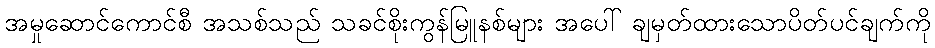
အမှုဆောင်ကောင်စီ အသစ်သည် သခင်စိုးကွန်မြူနစ်များ အပေါ် ချမှတ်ထားသောပိတ်ပင်ချက်ကို